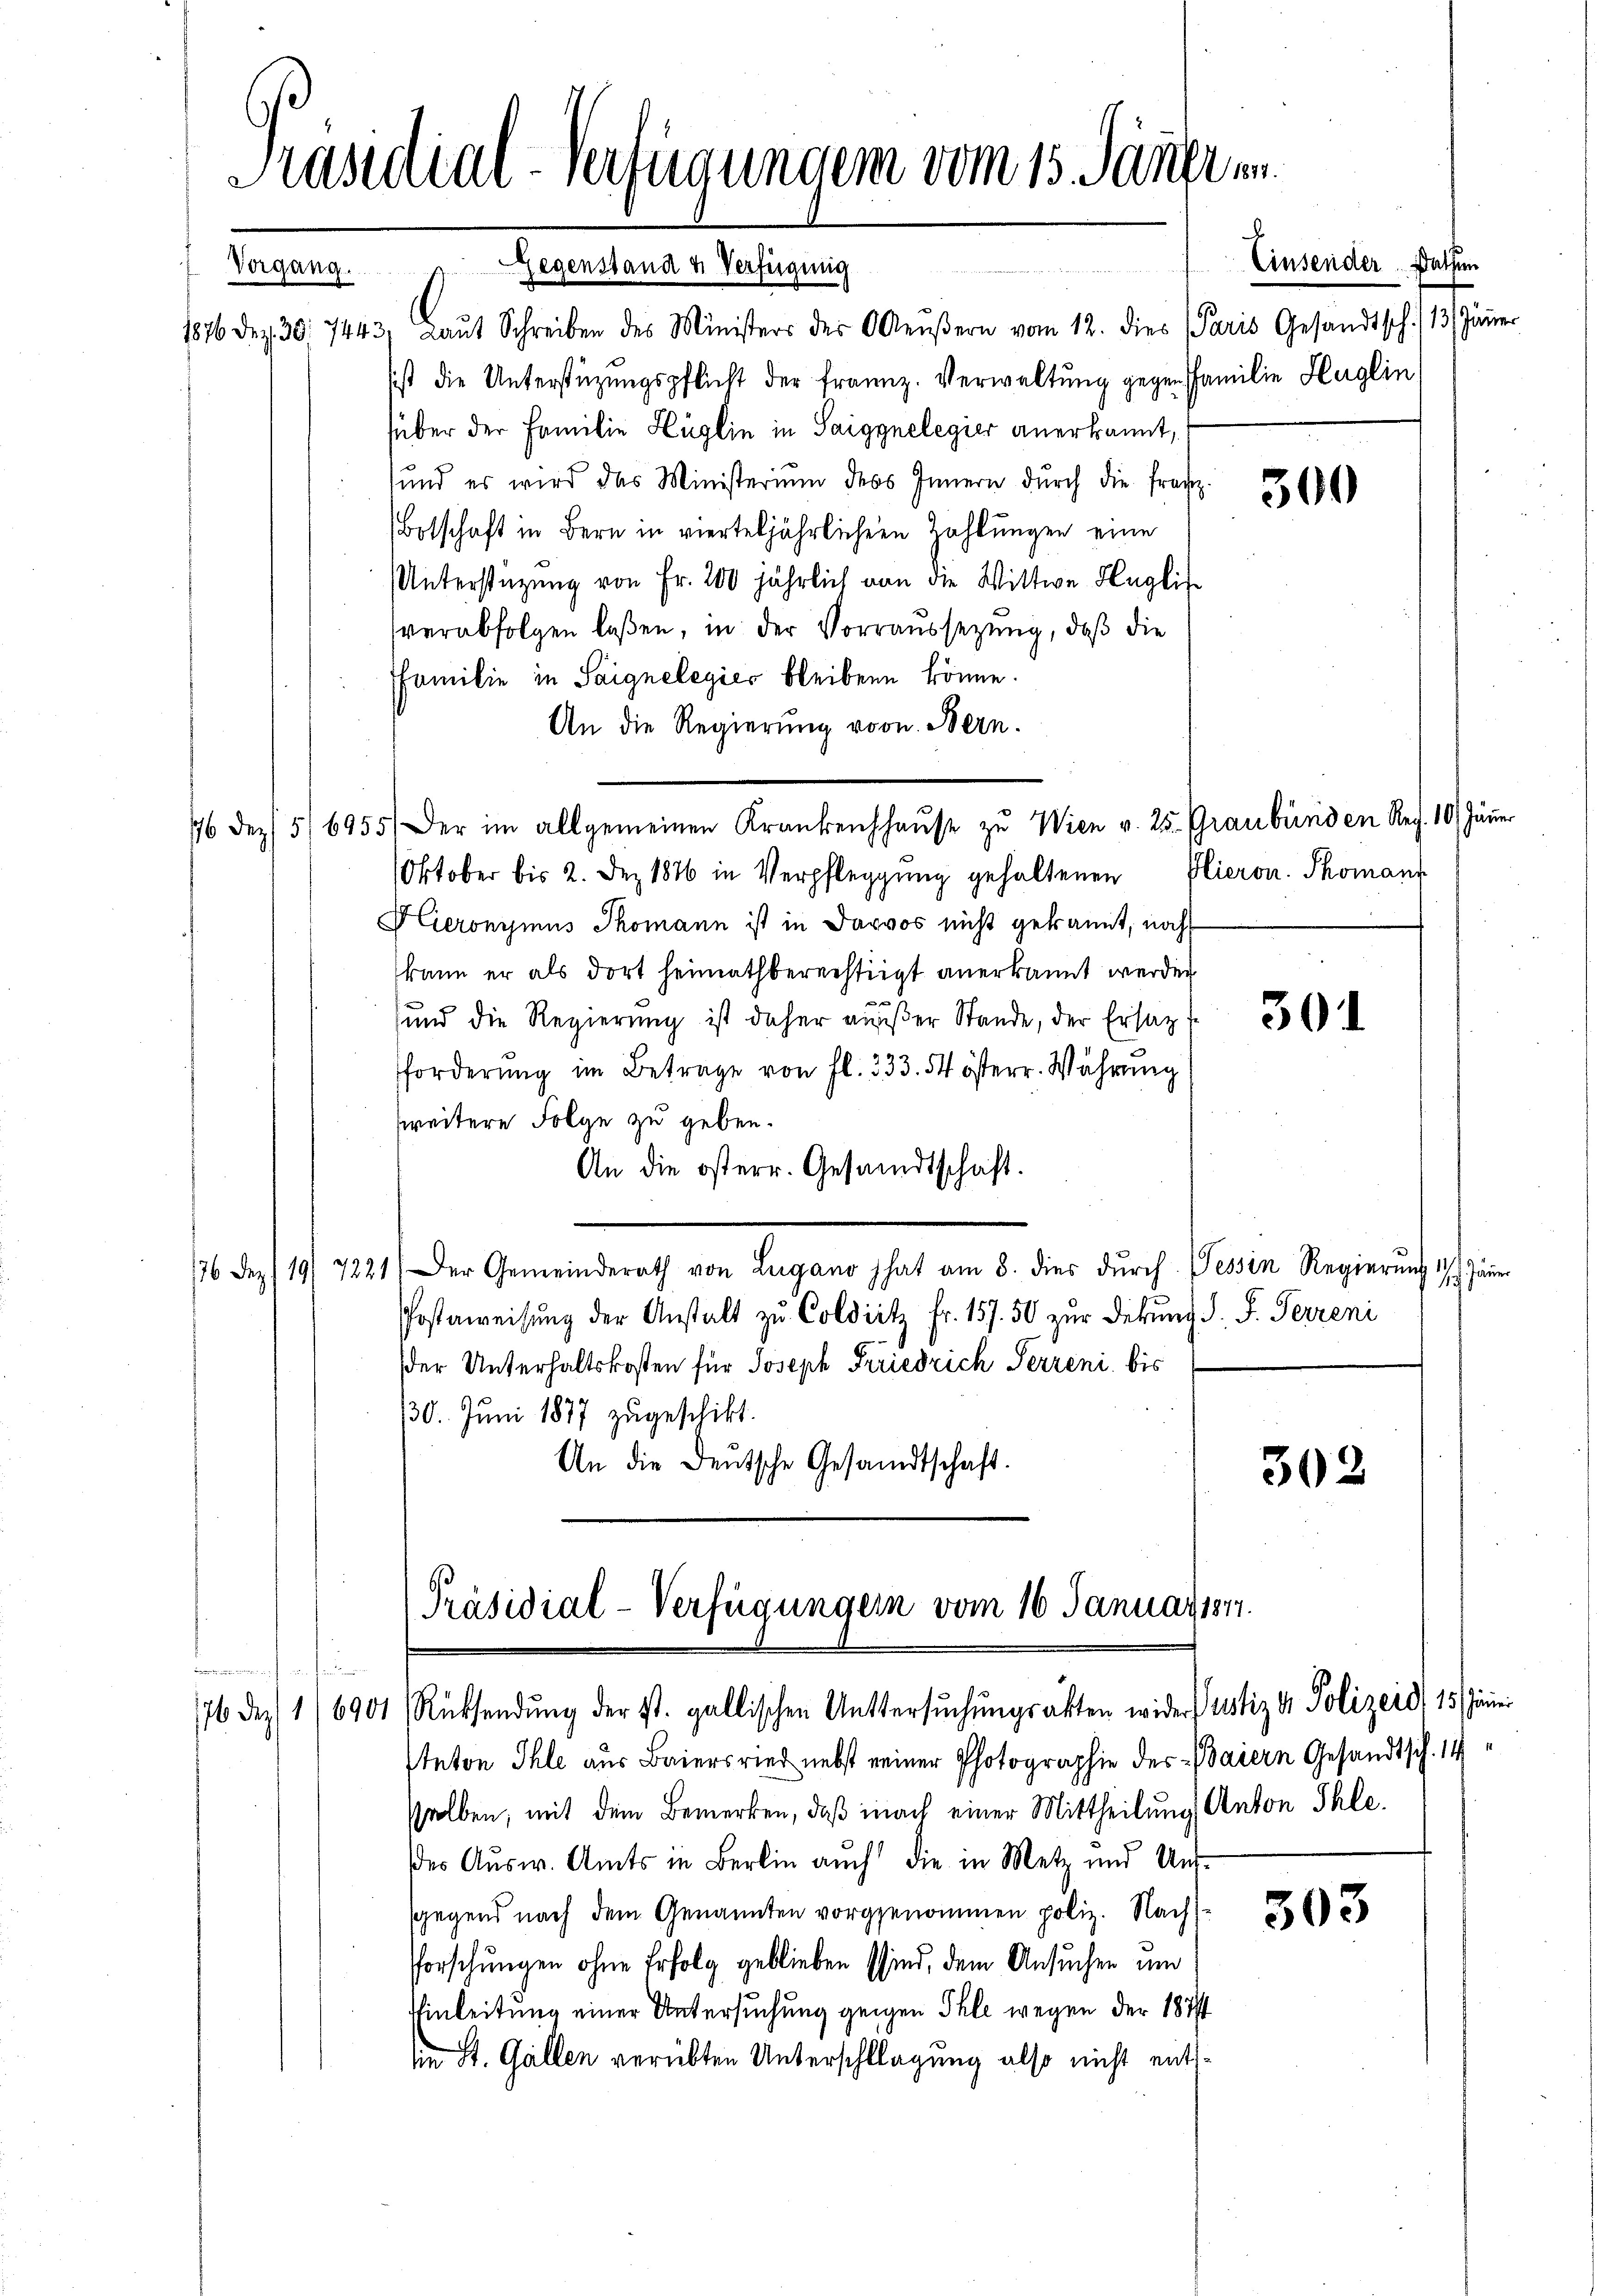
Präsidial-Verfügungen vom 15. Jäner in
8

Gegenstand u. Verfügung
Vorgang.
1876 dez. 30. 7443. Laŭt Schreiben des Ministers der Aeŭβern vom 12. dies Paris Gesandtsch. 113. Jänner
sist die Unterstüzungspflicht der franz. Verwaltung gegen Familie Heglin
süber der Familie Hüglin in Saiggnelegier anerkannt,
sund es wird das Ministerium des Innern durch die fragt.
Botschaft in Bern in vierteljährlichern Zahlungen eine
Unterstützung von Fr. 200 jährlich von die Wittwe Anglis
verabfolgen laßen, in der Vorraussetzung, daß die
Ffamilie in Saignelegier bleiben könne.
An die Regierung vorn. Bern.
176 des 5/6955. Der im allgemeinen Krankreichhaŭse zu Wien v. 25. Graubünden Rez. 10 Jänner
Oktober bis 2. Dez. 1876 in Verpfleggŭng gehaltenen Glieron Thomani
Hieronimus Thomann ist in Davos nicht gekannt, noch
kann er als dort heimathberechtigt anerkannt werden.
sund die Regierŭng ist daher aŭβer Stande, der Ersatz.
33
fforderung im Betrage von fl. 333. 54 österr. Währung
zweitere Folge zu geben.
An die österr. Gesandtschaft.
76 Dez. 19. 7221) Der Gemeinderath von Lugano hat am 3. dies dŭrch Tessin Regierŭng 17. Jäner
Postaweisung der Anstalt zu Coldiitz fr. 157. 50 zur Debung d. J. Ferreni
der Unterhaltskosten für Joseph Friedrich Perreni, bis
130. Juni 1877 zugeschikt.
An die Deutsche Gesandtschaft.
302
[Präsidial-Verfügungen vom 16. Januar 1817.
fation
176 dez. 16901 Rücksendŭng der st. gallischen Untersŭchŭngsakten wider Justiz & Polizeid, 15 Jänni
tnton Ihle aus Baiersried nebst einer Photographie des Baiern Gesandtsch. 14
sselben, mit dem Bemerken, daß nach einer Mittheilung Anton Ihle.
des Ausw. Amts in Berlin auch die in Metz und Un-
sgegend nach dem Genannten vorgenommen poliz. Nach
forschungen ohne Erfolg geblieben sind, dem Ansuchen und
Einleitung einer Untersuchung zeigen Phle wegen der 1871
die St. Gallen verübten Unterschlagung also nicht ents¬

Einsender Rathen

300

30